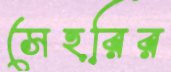
সেহরির